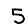
Digit: 5